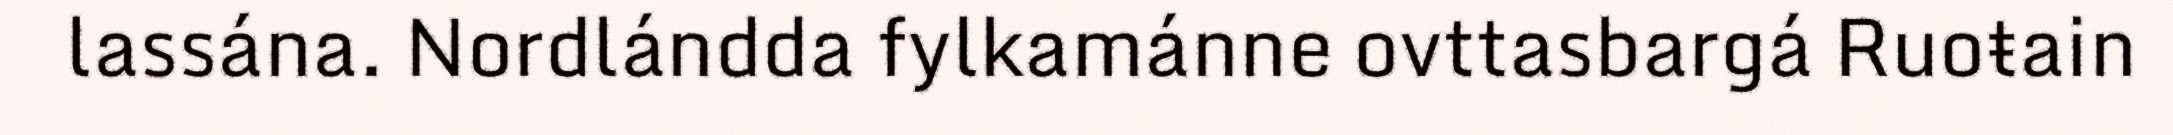
lassána. Nordlándda fylkamánne ovttasbargá Ruoŧain